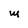
Character: M